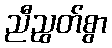
ညီညွတ်စွာ